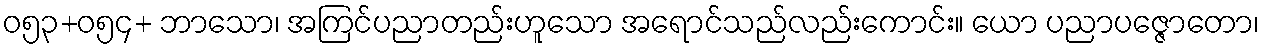
ဝ၅၃+၀၅၄+ ဘာသော၊ အကြင်ပညာတည်းဟူသော အရောင်သည်လည်းကောင်း။ ယော ပညာပဇ္ဇောတော၊